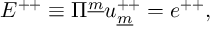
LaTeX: E ^ { + + } \equiv \Pi ^ { \underline { { m } } } u _ { \underline { { m } } } ^ { + + } = e ^ { + + } ,